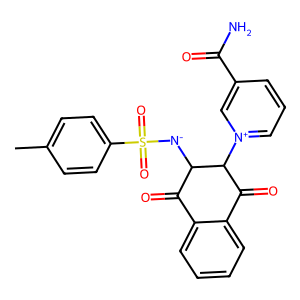
SMILES: Cc1ccc(S(=O)(=O)[N-]C2C(=O)c3ccccc3C(=O)C2[n+]2cccc(C(N)=O)c2)cc1
Inhibits HIV replication: No